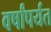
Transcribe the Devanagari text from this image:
वर्षांपर्यत